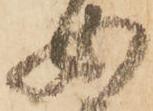
女